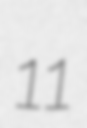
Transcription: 11